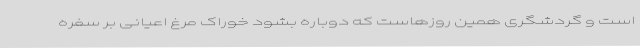
است و گردشگری همین روزهاست که دوباره بشود خوراک مرغ اعیانی بر سفره